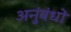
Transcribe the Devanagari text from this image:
अनुंबंधों